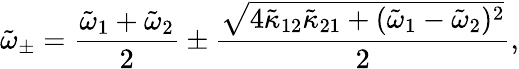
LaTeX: \tilde{\omega}_{\pm}=\frac{\tilde{\omega}_{1}+\tilde{\omega}_{2}}{2}\pm\frac{\sqrt{4\tilde{\kappa}_{12}\tilde{\kappa}_{21}+(\tilde{\omega}_{1}-\tilde{\omega}_{2})^{2}}}{2},